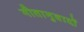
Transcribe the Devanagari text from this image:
गीतानुवादों